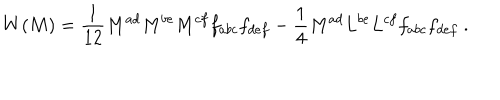
W ( M ) = \frac { 1 } { 1 2 } M ^ { a d } M ^ { b e } M ^ { c f } f _ { a b c } f _ { d e f } - \frac { 1 } { 4 } M ^ { a d } L ^ { b e } L ^ { c f } f _ { a b c } f _ { d e f } \ .